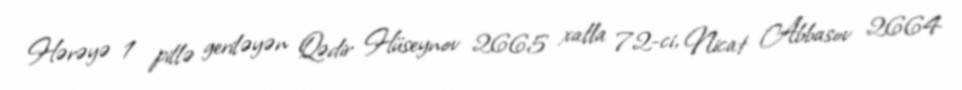
Hərəyə 1 pillə geriləyən Qədir Hüseynov 2665 xalla 72-ci, Nicat Abbasov 2664